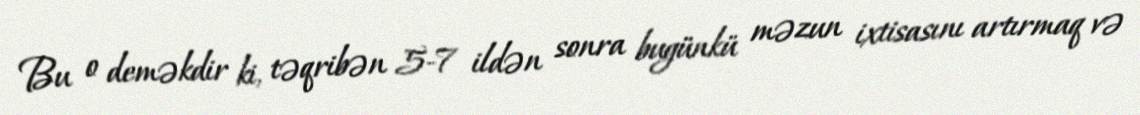
Bu o deməkdir ki, təqribən 5-7 ildən sonra bugünkü məzun ixtisasını artırmaq və